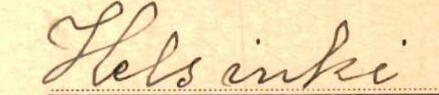
Helsinki